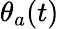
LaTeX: \theta_{a}(t)